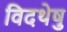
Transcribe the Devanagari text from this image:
विदथेषु